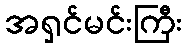
အရှင်မင်းကြီး